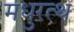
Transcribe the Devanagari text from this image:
मधुरत्थ